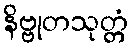
နိဗ္ဗုတသုတ္တံ